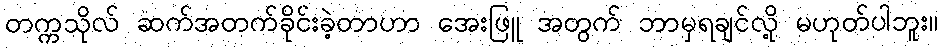
တက္ကသိုလ် ဆက်အတက်ခိုင်းခဲ့တာဟာ အေးဖြူ အတွက် ဘာမှရချင်လို့ မဟုတ်ပါဘူး။